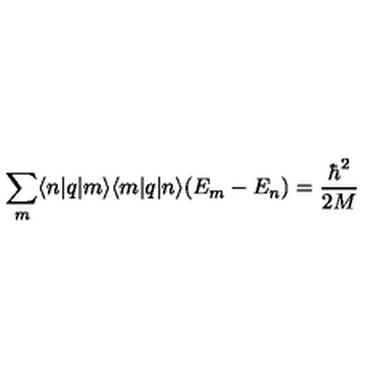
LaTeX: \sum _ { m } \langle n | q | m \rangle \langle m | q | n \rangle ( E _ { m } - E _ { n } ) = \frac { \hbar ^ { 2 } } { 2 M }